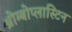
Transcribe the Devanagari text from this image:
थ्रोम्बोप्लास्टिन